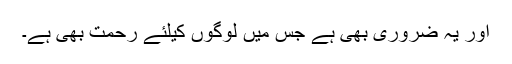
اور یہ ضرورى بهى ہے جس میں لوگوں کیلئے رحمت بهى ہے۔